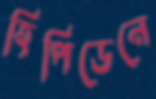
হিপিডেনে